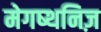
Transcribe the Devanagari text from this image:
मेगष्थनिज़